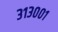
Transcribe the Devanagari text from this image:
३१३००१